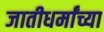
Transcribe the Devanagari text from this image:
जातीधर्मांच्या